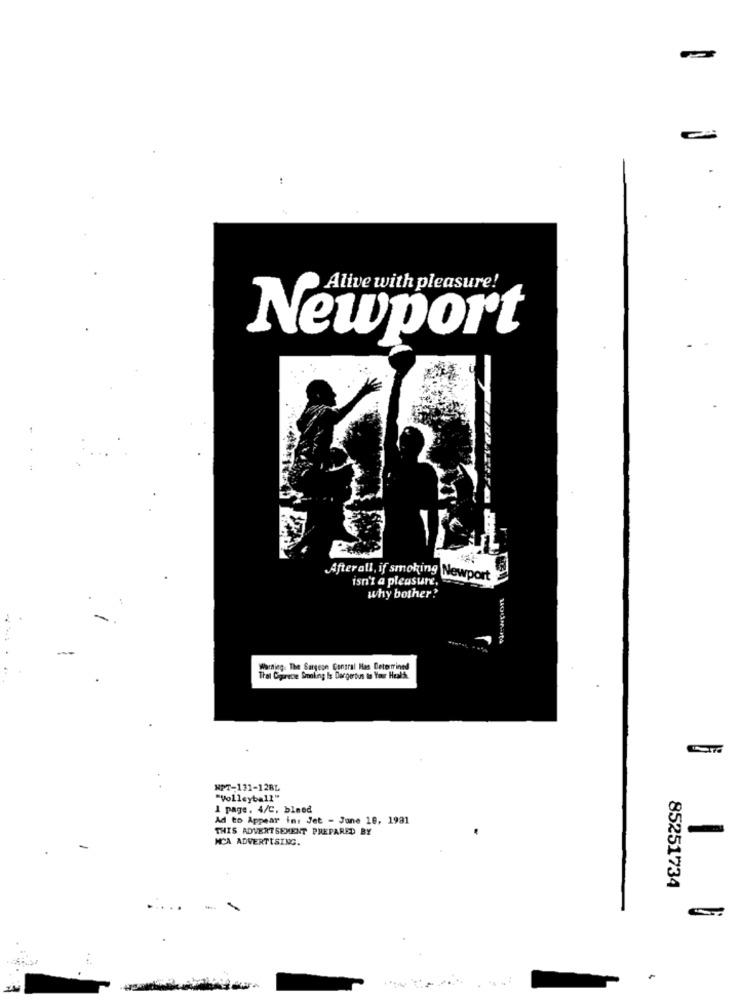
Alive with pleasure!
Newport
Afterall, if smoking Newport
isn't a pleasure,
why bother?
Warning: The Surgeon Central Has Determined
That Cigarette Smoking Is Dargertus to Your Health
NPT-131-12BL
"Volleyball"
1 page. 4/C, bleed
Ad to Appear ins Jet - June 10, 1981
THIS ADVERTSEMENT PREPARED BY
MCA ADVERTISING.
85251734